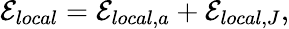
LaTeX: \mathcal{E}_{local}=\mathcal{E}_{local,a}+\mathcal{E}_{local,J},